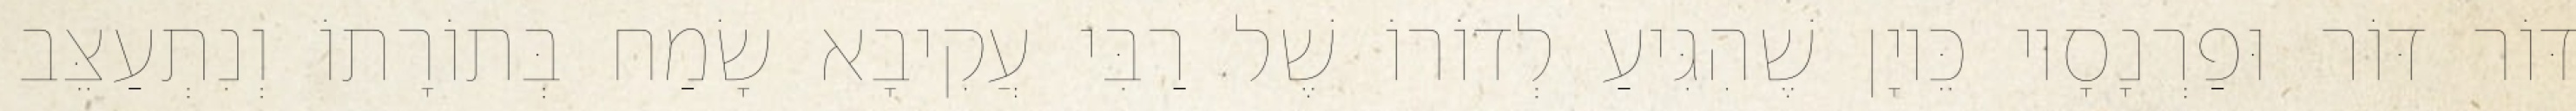
דּוֹר דּוֹר וּפַרְנָסָיו כֵּיוָן שֶׁהִגִּיעַ לְדוֹרוֹ שֶׁל רַבִּי עֲקִיבָא שָׂמַח בְּתוֹרָתוֹ וְנִתְעַצֵּב